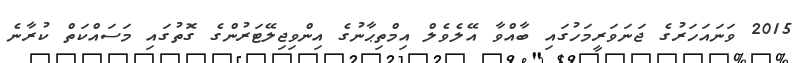
2015 ވަނައަހަރުގެ ޖަނަވަރީމަހުގައި ބާއްވާ އޭލެވެލް އިމްތިޙާނުގެ އިންވިޖިލޭޓަރުންގެ ގޮތުގައި މަސައްކަތް ކުރާނެ